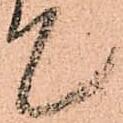
て